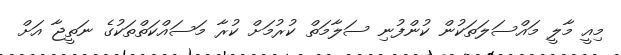
މިއީ މާލީ މައްސަލަތަކުން ކުންފުނި ސަލާމަތް ކުރުމަށް ކުރާ މަސައްކަތްތަކުގެ ނަތީޖާ އަށް